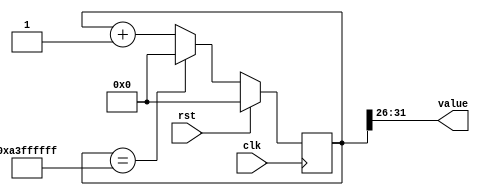
/*
   This file was generated automatically by the Mojo IDE version B1.3.5.
   Do not edit this file directly. Instead edit the original Lucid source.
   This is a temporary file and any changes made to it will be destroyed.
*/

/*
   Parameters:
     SIZE = 6
     DIV = 26
     TOP = 40
     UP = 1
*/
module counter_20 (
    input clk,
    input rst,
    output reg [5:0] value
  );
  
  localparam SIZE = 3'h6;
  localparam DIV = 5'h1a;
  localparam TOP = 6'h28;
  localparam UP = 1'h1;
  
  
  reg [31:0] M_ctr_d, M_ctr_q = 1'h0;
  
  localparam MAX_VALUE = 32'ha3ffffff;
  
  always @* begin
    M_ctr_d = M_ctr_q;
    
    value = M_ctr_q[26+5-:6];
    if (1'h1) begin
      M_ctr_d = M_ctr_q + 1'h1;
      if (1'h1 && M_ctr_q == 32'ha3ffffff) begin
        M_ctr_d = 1'h0;
      end
    end else begin
      M_ctr_d = M_ctr_q - 1'h1;
      if (1'h1 && M_ctr_q == 1'h0) begin
        M_ctr_d = 32'ha3ffffff;
      end
    end
  end
  
  always @(posedge clk) begin
    if (rst == 1'b1) begin
      M_ctr_q <= 1'h0;
    end else begin
      M_ctr_q <= M_ctr_d;
    end
  end
  
endmodule